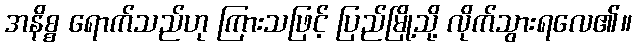
အနိစ္စ ရောက်သည်ဟု ကြားသဖြင့် ပြည်မြို့သို့ လိုက်သွားရလေ၏။